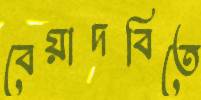
বেয়াদবিতে